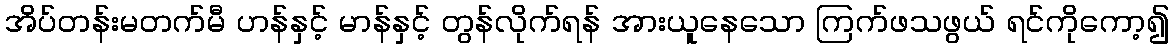
အိပ်တန်းမတက်မီ ဟန်နှင့် မာန်နှင့် တွန်လိုက်ရန် အားယူနေသော ကြက်ဖသဖွယ် ရင်ကိုကော့၍